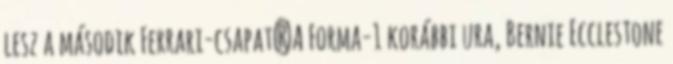
lesz a második Ferrari-csapat?A Forma-1 korábbi ura, Bernie Ecclestone